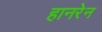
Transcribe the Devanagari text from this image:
हानरेन